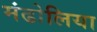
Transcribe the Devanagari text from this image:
मंढोलिया